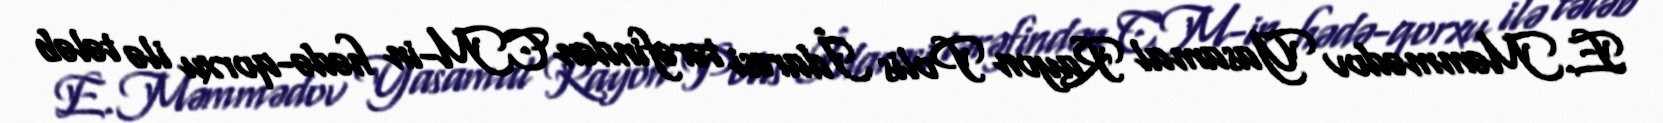
E.Məmmədov Yasamal Rayon Polis İdarəsi tərəfindən CM-in hədə-qorxu ilə tələb